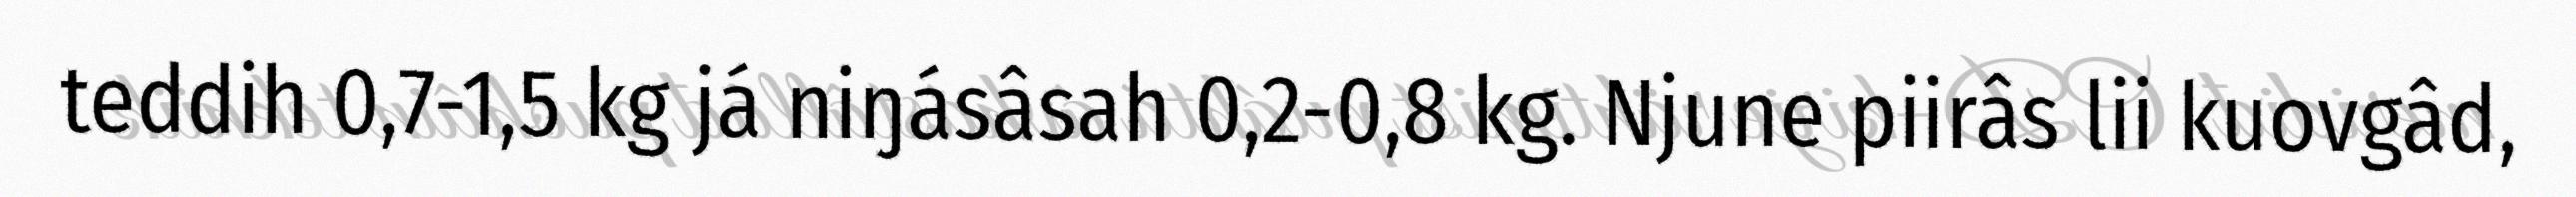
teddih 0,7-1,5 kg já niŋásâsah 0,2-0,8 kg. Njune piirâs lii kuovgâd,